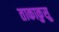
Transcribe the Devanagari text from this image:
ताकाकुसु